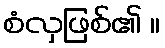
စံလှဖြစ်၏ ။